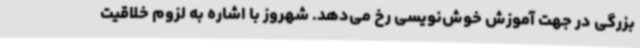
بزرگی در جهت آموزش خوش‌نویسی رخ می‌دهد. شهروز با اشاره به لزوم خلاقیت